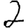
Digit: 2